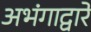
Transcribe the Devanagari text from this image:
अभंगाद्वारे